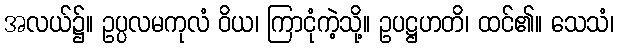
အလယ်၌။ ဥပ္ပလမကုလံ ဝိယ၊ ကြာငုံကဲ့သို့။ ဥပဋ္ဌဟတိ၊ ထင်၏။ သေသံ၊